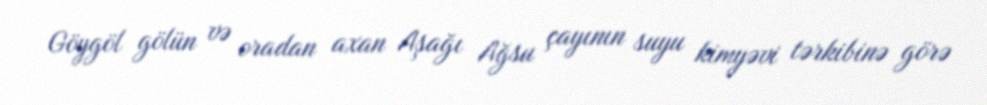
Göygöl gölün və oradan axan Aşağı Ağsu çayının suyu kimyəvi tərkibinə görə